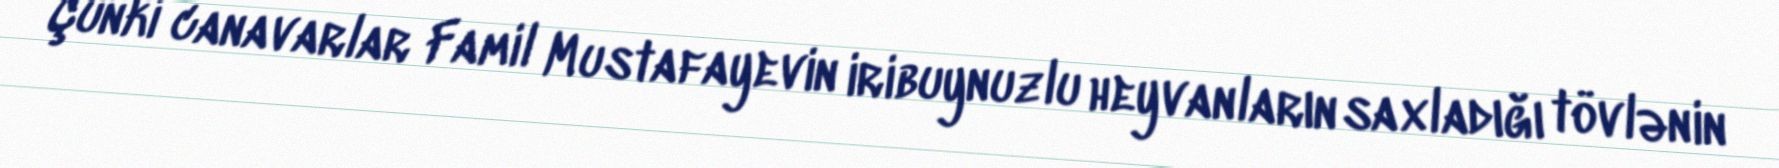
Çünki canavarlar Famil Mustafayevin iribuynuzlu heyvanların saxladığı tövlənin